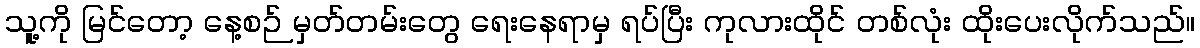
သူ့ကို မြင်တော့ နေ့စဉ် မှတ်တမ်းတွေ ရေးနေရာမှ ရပ်ပြီး ကုလားထိုင် တစ်လုံး ထိုးပေးလိုက်သည်။